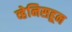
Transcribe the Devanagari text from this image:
व्हेनिसहून